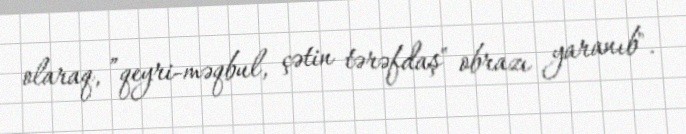
olaraq, ”qeyri-məqbul, çətin tərəfdaş" obrazı yaranıb".